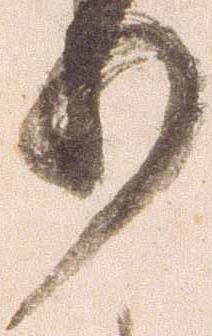
り